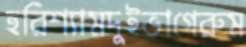
হরিশ্যামদুইভাগেরুম